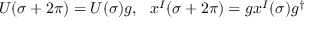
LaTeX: U ( \sigma + 2 \pi ) = U ( \sigma ) g , \ \ x ^ { I } ( \sigma + 2 \pi ) = g x ^ { I } ( \sigma ) g ^ { \dagger }